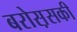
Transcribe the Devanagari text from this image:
बरोस़सकी